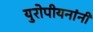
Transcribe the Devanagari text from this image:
युरोपीयनांनी